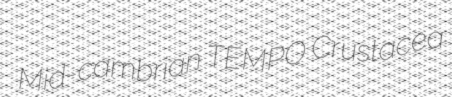
Mid-cambrian TEMPO Crustacea